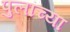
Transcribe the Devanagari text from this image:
पुलांच्या